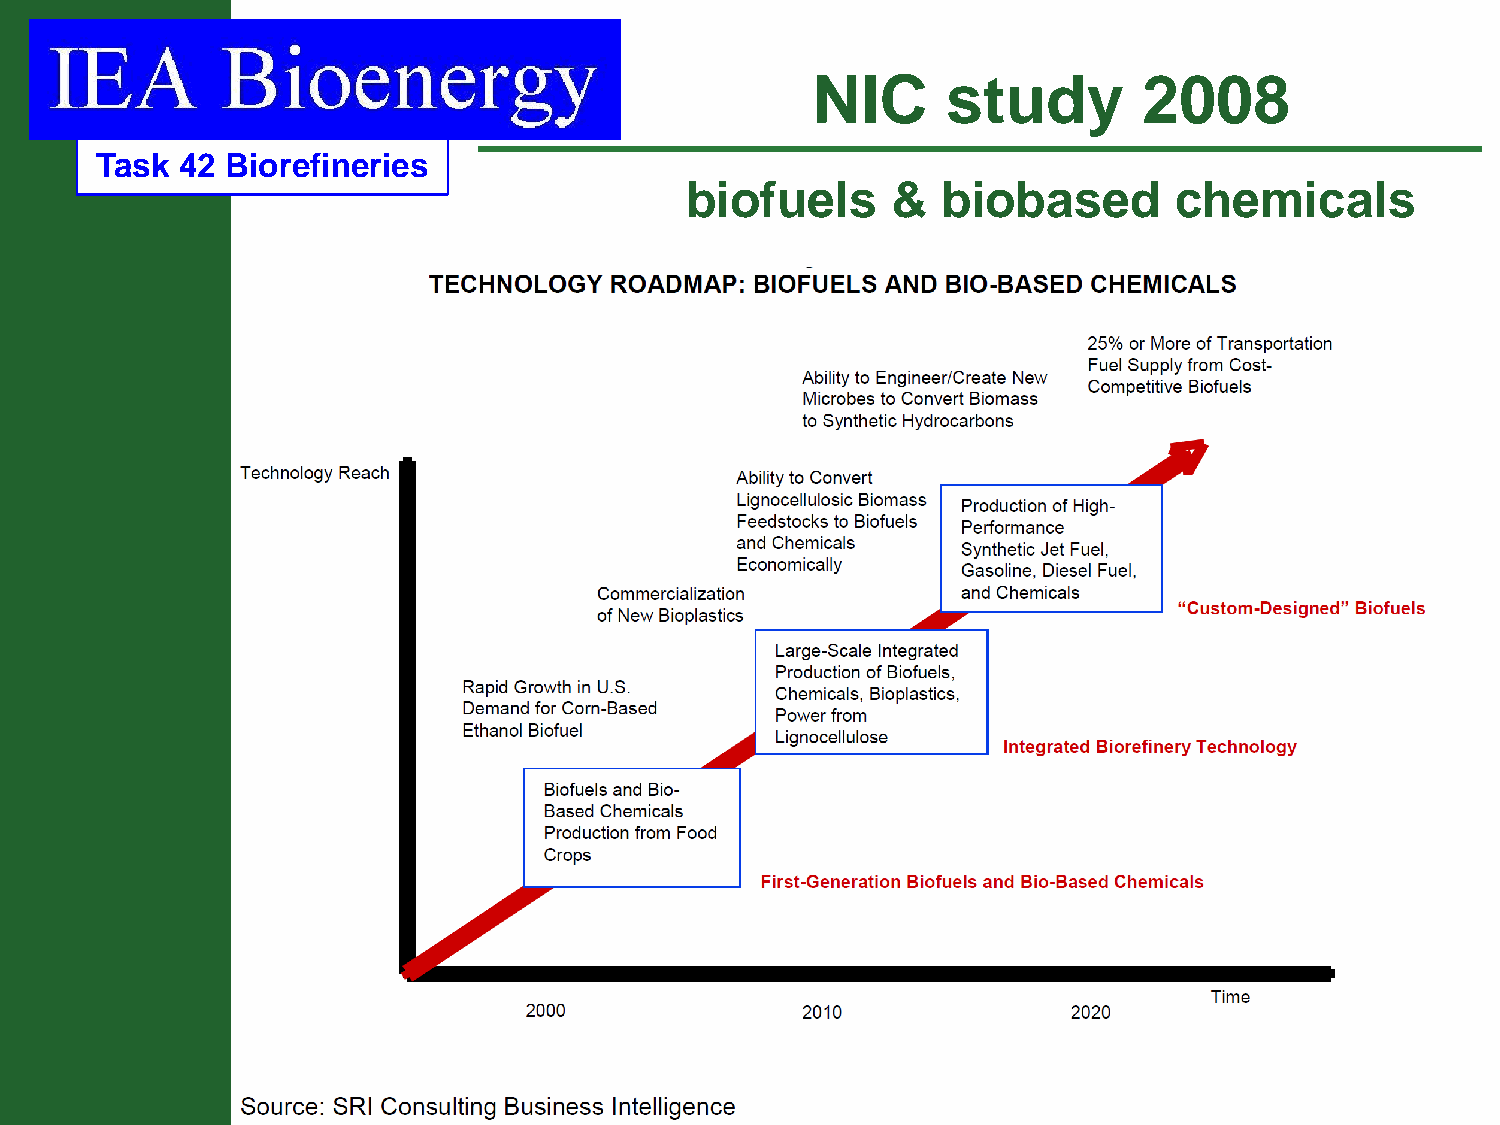
NIC      study        2008
 Task  42 Biorefineries
 biofuels      &  biobased        chemicals